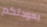
بعودتكم